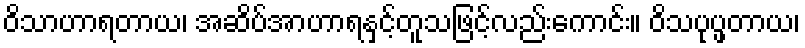
ဝိသာဟာရတာယ၊ အဆိပ်အာဟာရနှင့်တူသဖြင့်လည်းကောင်း။ ဝိသပုပ္ဖတာယ၊